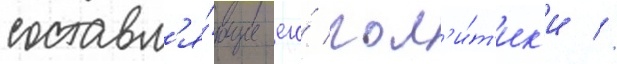
составл'я́ющие его́ пол'и́т'ик'и //